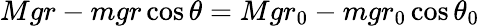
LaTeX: Mgr-mgr\cos{\theta}=Mgr_{0}-mgr_{0}\cos{\theta_{0}}